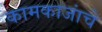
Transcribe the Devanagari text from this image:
कामकाजांचे